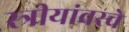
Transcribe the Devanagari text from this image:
स्त्रीयांवरचे